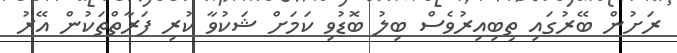
ރަށުން ބޭރުގައި ތިބިއިރުވެސް ބިލު ބޮޑުވި ކަމަށް ޝަކުވާ ކުރި ފަރާތްތަކުން އޭރު